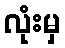
လုံးမှ